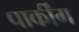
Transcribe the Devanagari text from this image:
पार्कींग